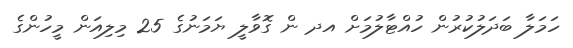
ހަމަލާ ބަދަލުކުރުން ހުއްޓާލުމަށް އދ ން ގޮވާލީ ޔަމަނުގެ 25 މިލިއަން މީހުންގެ